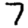
Digit: 7